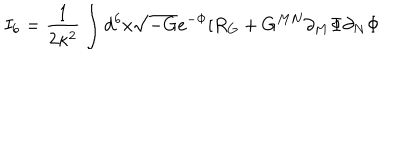
I _ { 6 } = \frac { 1 } { 2 \kappa ^ { 2 } } \int d ^ { 6 } x \sqrt { - G } e ^ { - \Phi } [ R _ { G } + G ^ { M N } \partial _ { M } \Phi \partial _ { N } \Phi